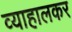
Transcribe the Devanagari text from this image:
व्याहालकर